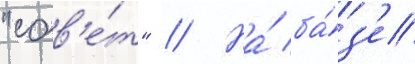
"сов'е́т" // На́ ба́з'е